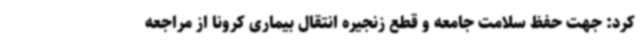
کرد: جهت حفظ سلامت جامعه و قطع زنجیره انتقال بیماری کرونا از مراجعه